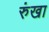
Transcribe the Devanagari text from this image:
रुंखा